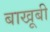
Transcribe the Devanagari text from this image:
बाखूबी